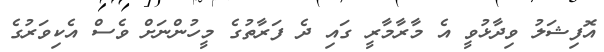
އޮފިޝަލު ވިދާޅުވީ އެ މާރާމާރީ ގައި ދެ ފަރާތުގެ މީހުންނަށް ވެސް އެކިވަރުގެ